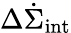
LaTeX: \Delta\dot{\Sigma}_{\mathrm{int}}